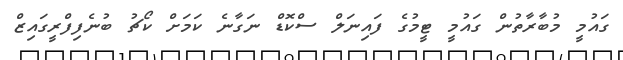
ގައުމީ މުބާރާތުން ގައުމީ ޓީމުގެ ފައިނަލް ސްކޮޑް ނަގާނެ ކަމަށް ކޯޗު ބުނެފިފްރީގައިޒް